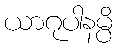
ယာဂုပါနမ္ပိ